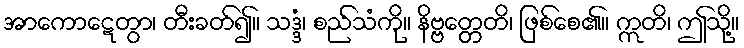
အာကောဋေတွာ၊ တီးခတ်၍။ သဒ္ဒံ၊ စည်သံကို။ နိဗ္ဗတ္တေတိ၊ ဖြစ်စေ၏။ ဣတိ၊ ဤသို့။